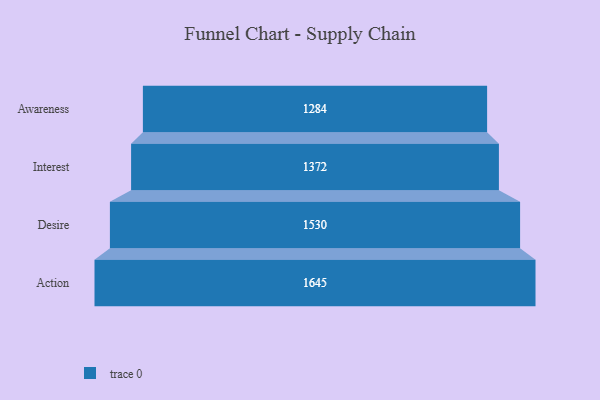
{"axis": {"x": "Stage", "y": "Value"}, "legend": [""], "data": [{"x": "Awareness", "y": 1284.0, "type": ""}, {"x": "Interest", "y": 1372.0, "type": ""}, {"x": "Desire", "y": 1530.0, "type": ""}, {"x": "Action", "y": 1645.0, "type": ""}]}